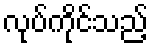
လုပ်ကိုင်သည့်